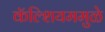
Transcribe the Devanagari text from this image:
कॅल्शियममुळे